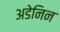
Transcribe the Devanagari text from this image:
अडेनिन